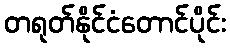
တရုတ်နိုင်ငံတောင်ပိုင်း